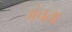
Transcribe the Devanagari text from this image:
जंचता